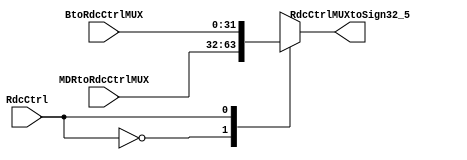
// reduce ctrl mux
// mux 2x1
module mdaToSign32_5(
    input wire [31:0] MDRtoRdcCtrlMUX,
    input wire [31:0] BtoRdcCtrlMUX,
    input wire RdcCtrl,
    output reg [31:0] RdcCtrlMUXtoSign32_5
);

    always @* begin
        case (RdcCtrl)
            1'b0: RdcCtrlMUXtoSign32_5 = MDRtoRdcCtrlMUX;
            1'b1: RdcCtrlMUXtoSign32_5 = BtoRdcCtrlMUX;
            default: RdcCtrlMUXtoSign32_5 = 32'b0; // Valor padro
        endcase
    end

endmodule